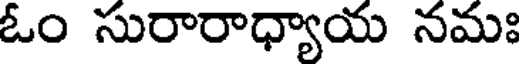
ఓం సురారాధ్యాయ నమః